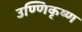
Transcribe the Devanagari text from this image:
उण्णिकृष्ण